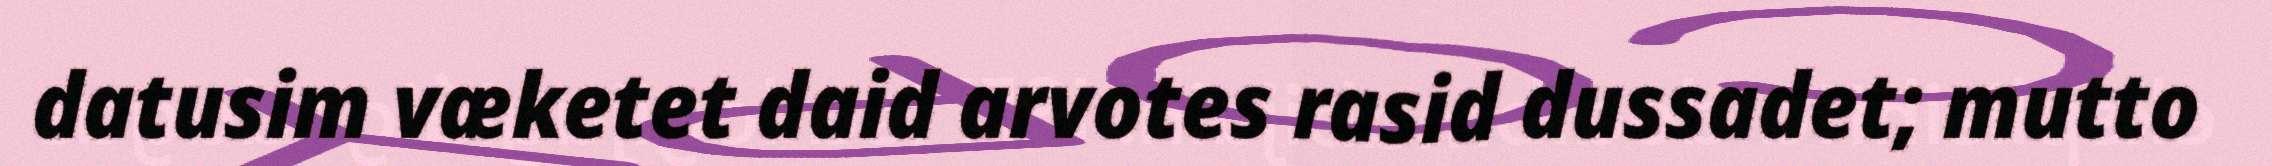
datusim væketet daid arvotes rasid dussadet; mutto